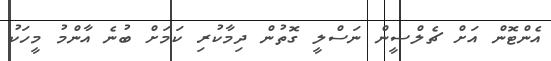
އެންޓޮން އަށް ޗެލްސީން ނަސްލީ ގޮތުން ދިމާކުރި ކަމަށް ބުނެ އާންމު މީހަކު